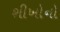
શીખોનો